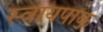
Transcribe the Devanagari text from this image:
स्वायपाक